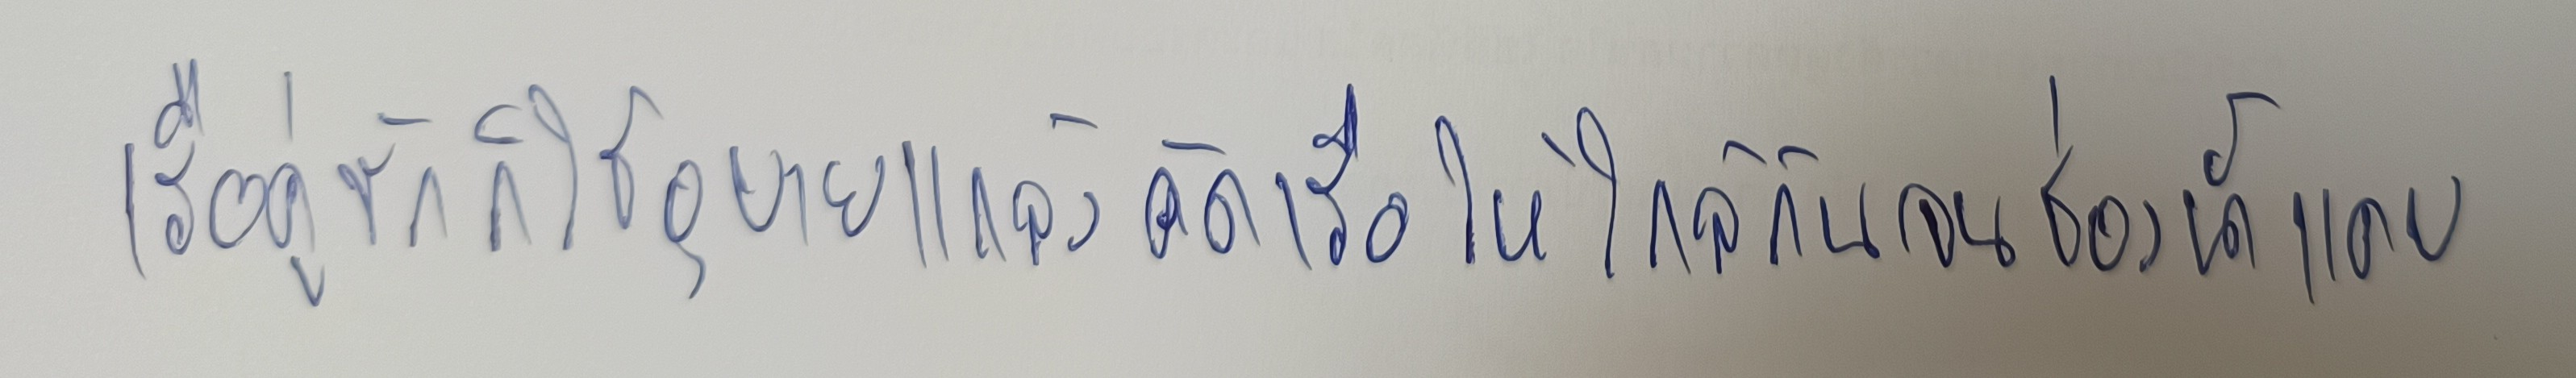
เรือคู่ชักก็ใช้อุบายแกล้งคัดเรือให้ใกล้กันจนช่องน้ำแคบ